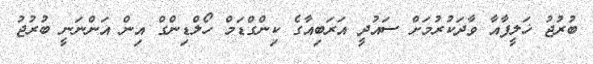
ބުރުޖު ޚަލީފާއާ ވާދަކުރުމަށް ސައުދީ އަރަބިއާގެ ކިންގްޑަމް ހޯލްޑިންގް އިން އަންނަނީ ބުރުޖު